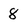
Character: 8